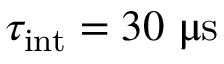
\ensuremath { \tau _ { \mathrm { i n t } } } = 3 0 ~ \ensuremath { \upmu \mathrm { s } }